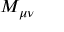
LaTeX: M _ { \mu \nu }